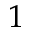
1